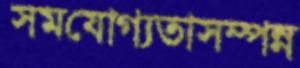
সমযোগ্যতাসম্পন্ন